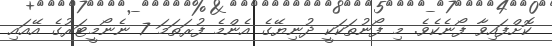
ކޮށްފައިވާ ފޯނެކެވެ. މި ފޯނުތަކަކީ ދުނިޔޭގެ އެންމެ ފުރަތަމަ 7 ނެނޯމީޓަރުގެ އޭއައި